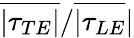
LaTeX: \overline{{\vert\tau_{TE}\vert}}/\overline{{\vert\tau_{LE}}}\vert